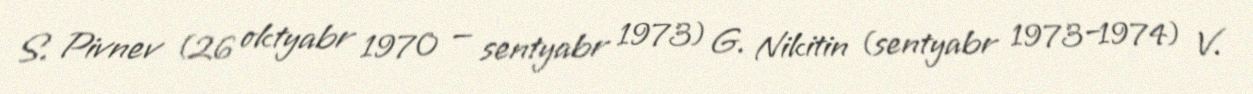
S. Pivnev (26 oktyabr 1970 — sentyabr 1973) G. Nikitin (sentyabr 1973–1974) V.